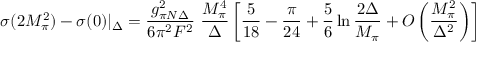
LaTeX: \sigma ( 2 M _ { \pi } ^ { 2 } ) - \sigma ( 0 ) | _ { \Delta } = { \frac { g _ { \pi N \Delta } ^ { 2 } } { 6 \pi ^ { 2 } F ^ { 2 } } } \ { \frac { M _ { \pi } ^ { 4 } } { \Delta } } \left[ { \frac { 5 } { 1 8 } } - { \frac { \pi } { 2 4 } } + { \frac { 5 } { 6 } } \ln { \frac { 2 \Delta } { M _ { \pi } } } + { \cal O } \left( { \frac { M _ { \pi } ^ { 2 } } { \Delta ^ { 2 } } } \right) \right]